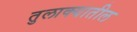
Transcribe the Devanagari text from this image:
तुलाक्यातील